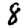
Digit: 8